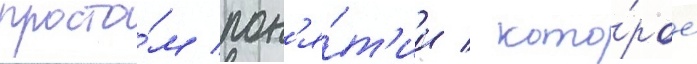
просто́м пон'я́т'ии / кото́рое